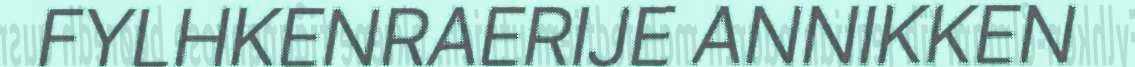
FYLHKENRAERIJE ANNIKKEN